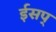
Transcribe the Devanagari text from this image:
ईसप्